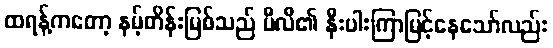
ထရန့်ကတော့ နမ့်တိန်းမြစ်သည် ပီလီ၏ နီးပါးကြာမြင့်နေသော်လည်း